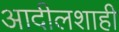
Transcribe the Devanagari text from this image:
आदीलशाही